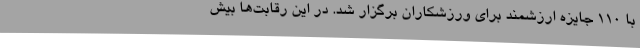
با 110 جایزه ارزشمند برای ورزشکاران برگزار شد. در این رقابت‌ها بیش